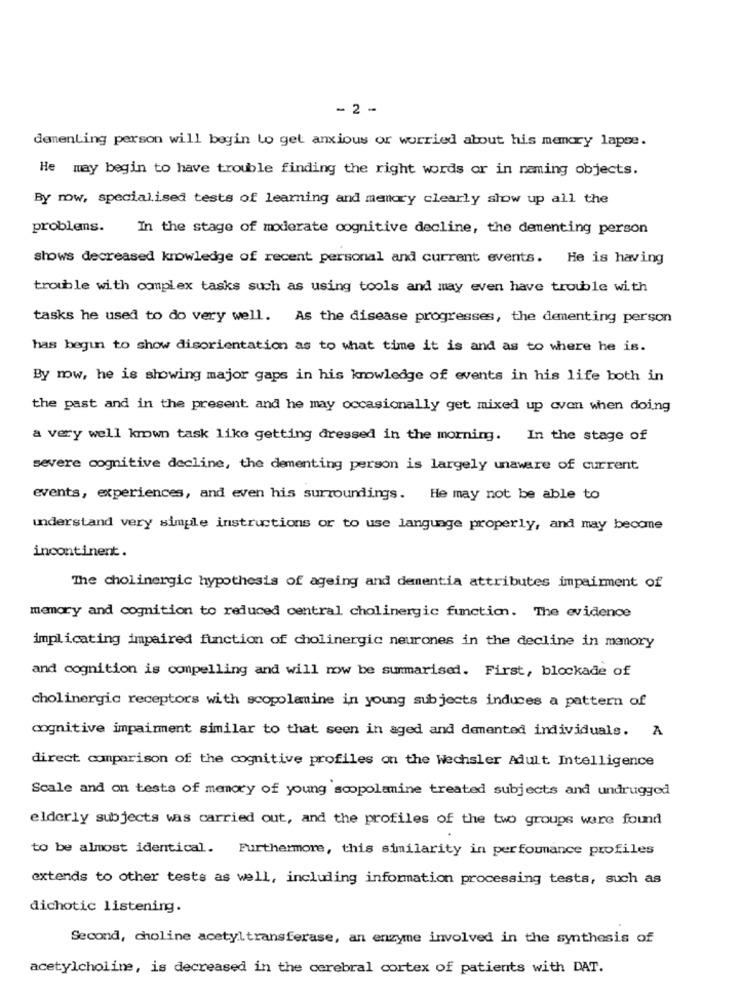
-2 -
dementing person will begin to get anxious or worried about his memory lapse.
He may begin to have trouble finding the right words or in naming objects.
By mow, specialised tests of learning and memory clearly show up all the
problemns.
In the stage of moderate cognitive decline, the dementing person
shows decreased knowledge of recent personal and current events. He is having
trouble with complex tasks such as using tools and may even have trouble with
tasks he used to do very well. As the disease progresses, the dementing person
has begun to show disorientation as to what time it is and as to where he is.
By now, he is showing major gaps in his knowledge of events in his life both in
the past and in the present and he may occasionally get mixed up oven when doing
a very well known task like getting dressed in the morning. In the stage of
severe cognitive decline, the dementing person is largely unaware of current
events, experiences, and even his surroundings. He may not be able to
understand very simple instructions or to use language properly, and may becane
incontinent.
The cholinergic hypothesis of ageing and dementia attributes impairment of
memory and cognition to reduced central cholinergic function. The evidence
implicating impaired function of cholinergic neurones in the decline in memory
and cognition is compelling and will now be summarised. First, blockade of
cholinergic receptors with scopolamine in young subjects induces a pattern of
cognitive impairment similar to that seen in aged and demented individuals. A
direct comparison of the cognitive profiles on the Wechsler Adult Intelligence
Scale and on tests of memory of young scopolamine treated subjects and undrugged
elderly subjects was carried out, and the profiles of the two groups were found
to be almost identical. Furthermore, this similarity in performance profiles
extends to other tests as well, including information processing tests, such as
dichotic listening.
Second, choline acetyltransferase, an enzyme involved in the synthesis of
acetylcholine, is decreased in the cerebral cortex of patients with DAT.